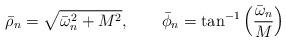
LaTeX: \begin{align*}\bar{\rho}_{n} = \sqrt{\bar{\omega}_{n}^{2}+M^{2}},\qquad\bar{\phi}_{n} = \tan^{-1}\left({\bar{\omega}_{n}\over M}\right)\end{align*}